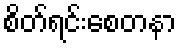
စိတ်ရင်းစေတနာ